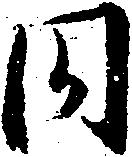
同